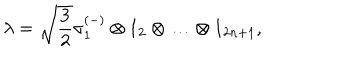
\lambda = \sqrt { \frac { 3 } { 2 } } \sigma _ { 1 } ^ { ( - ) } \otimes 1 _ { 2 } \otimes \ldots \otimes 1 _ { 2 n + 1 } ,